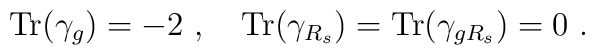
{\mbox{Tr}}(\gamma_g)=-2~,~~~ {\mbox{Tr}}(\gamma_{R_s})={\mbox{Tr}}(\gamma_{gR_s})=0~.